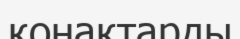
қонақтарды